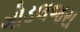
ગોડલજરા